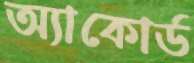
অ্যাকোর্ড